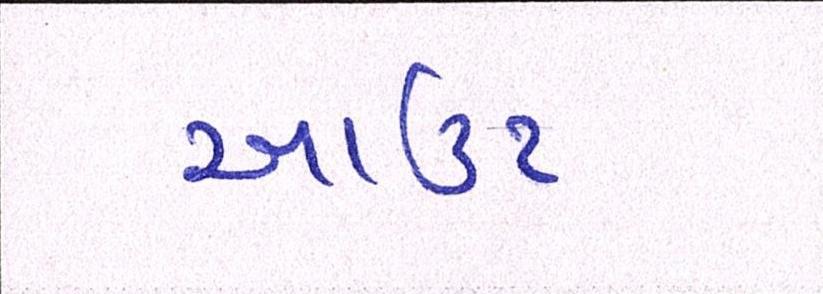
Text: આઉટ